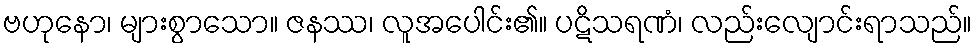
ဗဟုနော၊ များစွာသော။ ဇနဿ၊ လူအပေါင်း၏။ ပဋိသရဏံ၊ လည်းလျောင်းရာသည်။